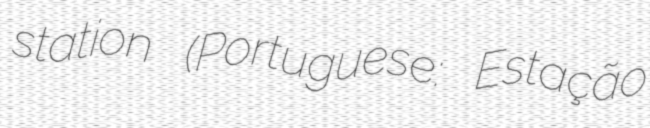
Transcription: station (Portuguese: Estação